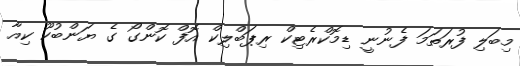
މިބަލި ފުރަތަމަ ފެނުނީ ޑިމޮކްރެޓިކް ރިޕަބްލިކް އޮފް ކޮންގޯ ގެ ޔަންބުކޫ ކިއާ